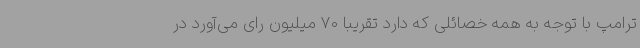
ترامپ با توجه به همه خصائلی که دارد تقریبا 70 میلیون رای می‌آورد در